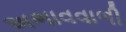
અભાવવાળી